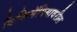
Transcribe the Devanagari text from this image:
विकिमॅपियावरील